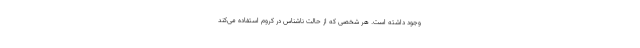
وجود داشته است. هر شخصی که از حالت ناشناس در کروم استفاده می‌کند